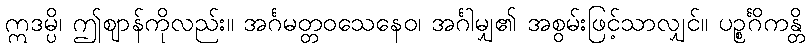
ဣဒမ္ပိ၊ ဤဈာန်ကိုလည်း။ အင်္ဂမတ္တဝသေနေဝ၊ အင်္ဂါမျှ၏ အစွမ်းဖြင့်သာလျှင်။ ပဉ္စင်္ဂိကန္တိ